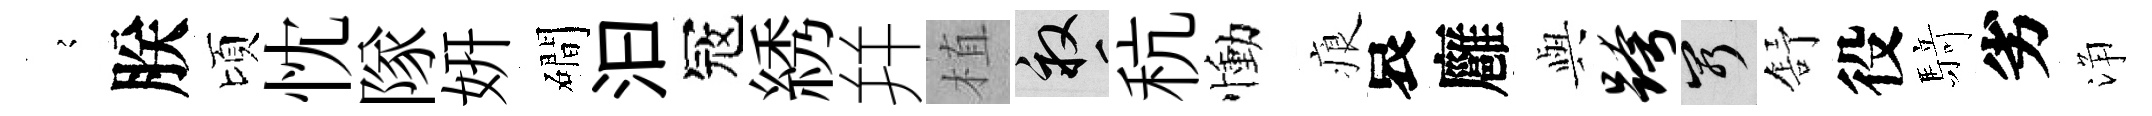
𡪹朕頃忱隊妍磵汩冦綉幷植畝秔慟痕哀廱𫤰跨窮舒役𮪍劣浄